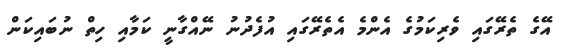
އޭގެ ތެރޭގައި ވެރިކަމުގެ އެންމެ އެތެރޭގައި އުފެދުނު ނޭއްގާނީ ކަމާއި ހިތް ނުބައިކަން